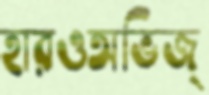
হারওঅভিজ্